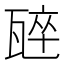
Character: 𭺣